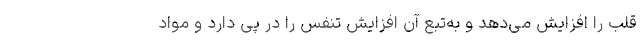
قلب را افزایش می‌دهد و به‌تبع آن افزایش تنفس را در پی دارد و مواد